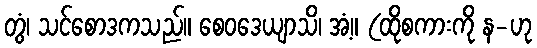
တွံ၊ သင်စောဒကသည်။ စေဝဒေယျာသိ၊ အံ့။ (ထိုစကားကို န-ဟု